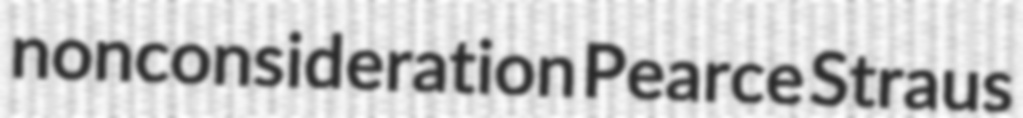
nonconsideration Pearce Straus